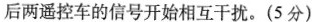
后两遥控车的信号开始相互干扰。(5分)